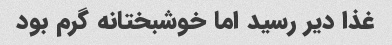
غذا دیر رسید اما خوشبختانه گرم بود